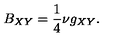
B _ { X Y } = \frac 1 4 \nu g _ { X Y } .